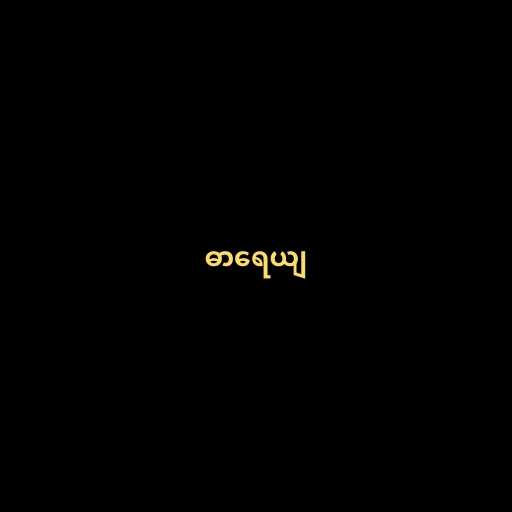
ဓာရေယျ